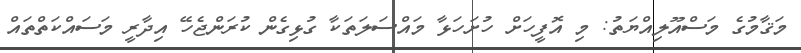
މަޤާމުގެ މަސްއޫލިއްޔަތު: މި އޮފީހަށް ހުށަހަޅާ މައްސަލަތަކާ ގުޅިގެން ކުރަންޖެހޭ އިދާރީ މަސައްކަތްތައް